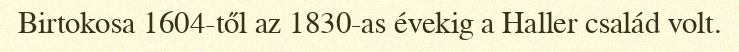
Birtokosa 1604-től az 1830-as évekig a Haller család volt.